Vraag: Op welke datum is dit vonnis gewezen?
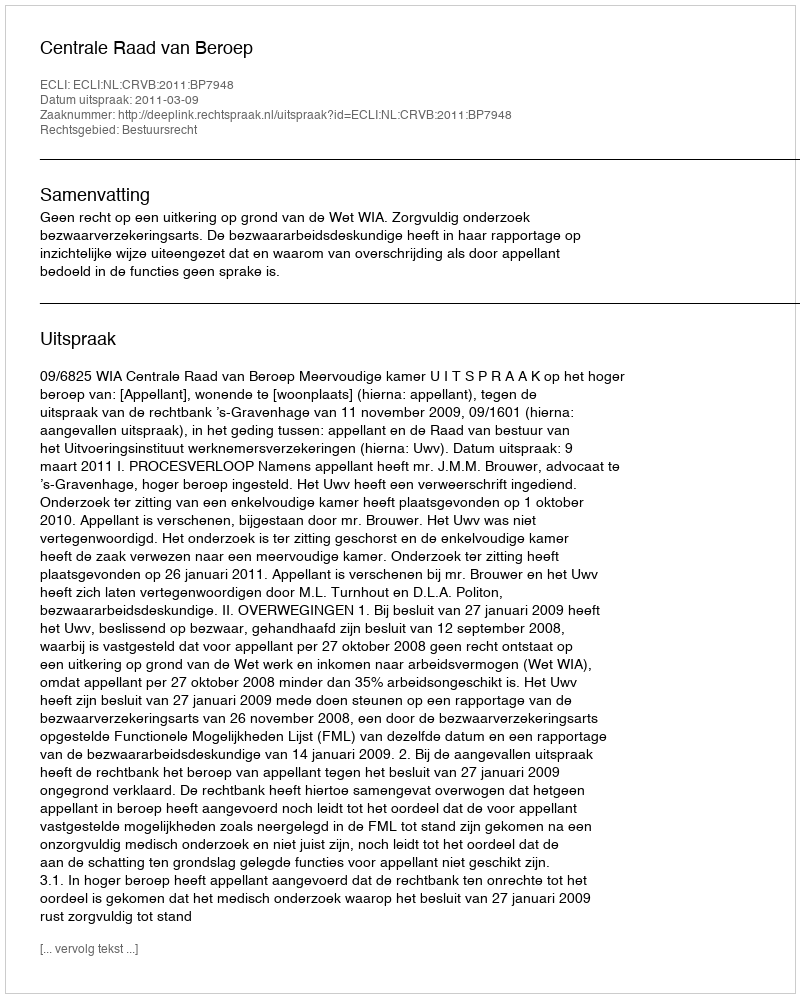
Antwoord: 2011-03-09